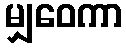
မျှဝေကာ